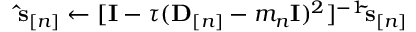
\ensuremath { \mathbf { \hat { s } } } _ { [ n ] } \gets [ { \bf I } - \tau ( { \bf D } _ { [ n ] } - m _ { n } { \bf I } ) ^ { 2 } ] ^ { - 1 } \ensuremath { \mathbf { \tilde { s } } } _ { [ n ] }